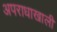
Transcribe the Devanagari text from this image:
अपराधाखाली